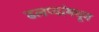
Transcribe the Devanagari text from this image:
ढलप्यांमधून